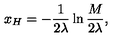
x _ { H } = - \frac { 1 } { 2 \lambda } \ln \frac { M } { 2 \lambda } ,